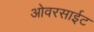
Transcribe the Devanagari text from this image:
ओवरसाईट